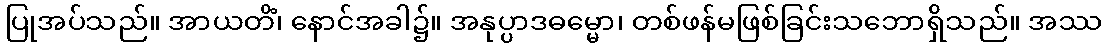
ပြုအပ်သည်။ အာယတိံ၊ နောင်အခါ၌။ အနုပ္ပာဒဓမ္မော၊ တစ်ဖန်မဖြစ်ခြင်းသဘောရှိသည်။ အဿ